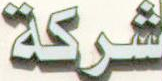
شركة